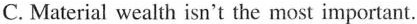
c. Material wealth isn't the most important.